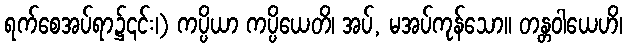
ရက်စေအပ်ရာ၌၎င်း၊) ကပ္ပိယာ ကပ္ပိယေတိ၊ အပ်, မအပ်ကုန်သော။ တန္တဝါယေဟိ၊